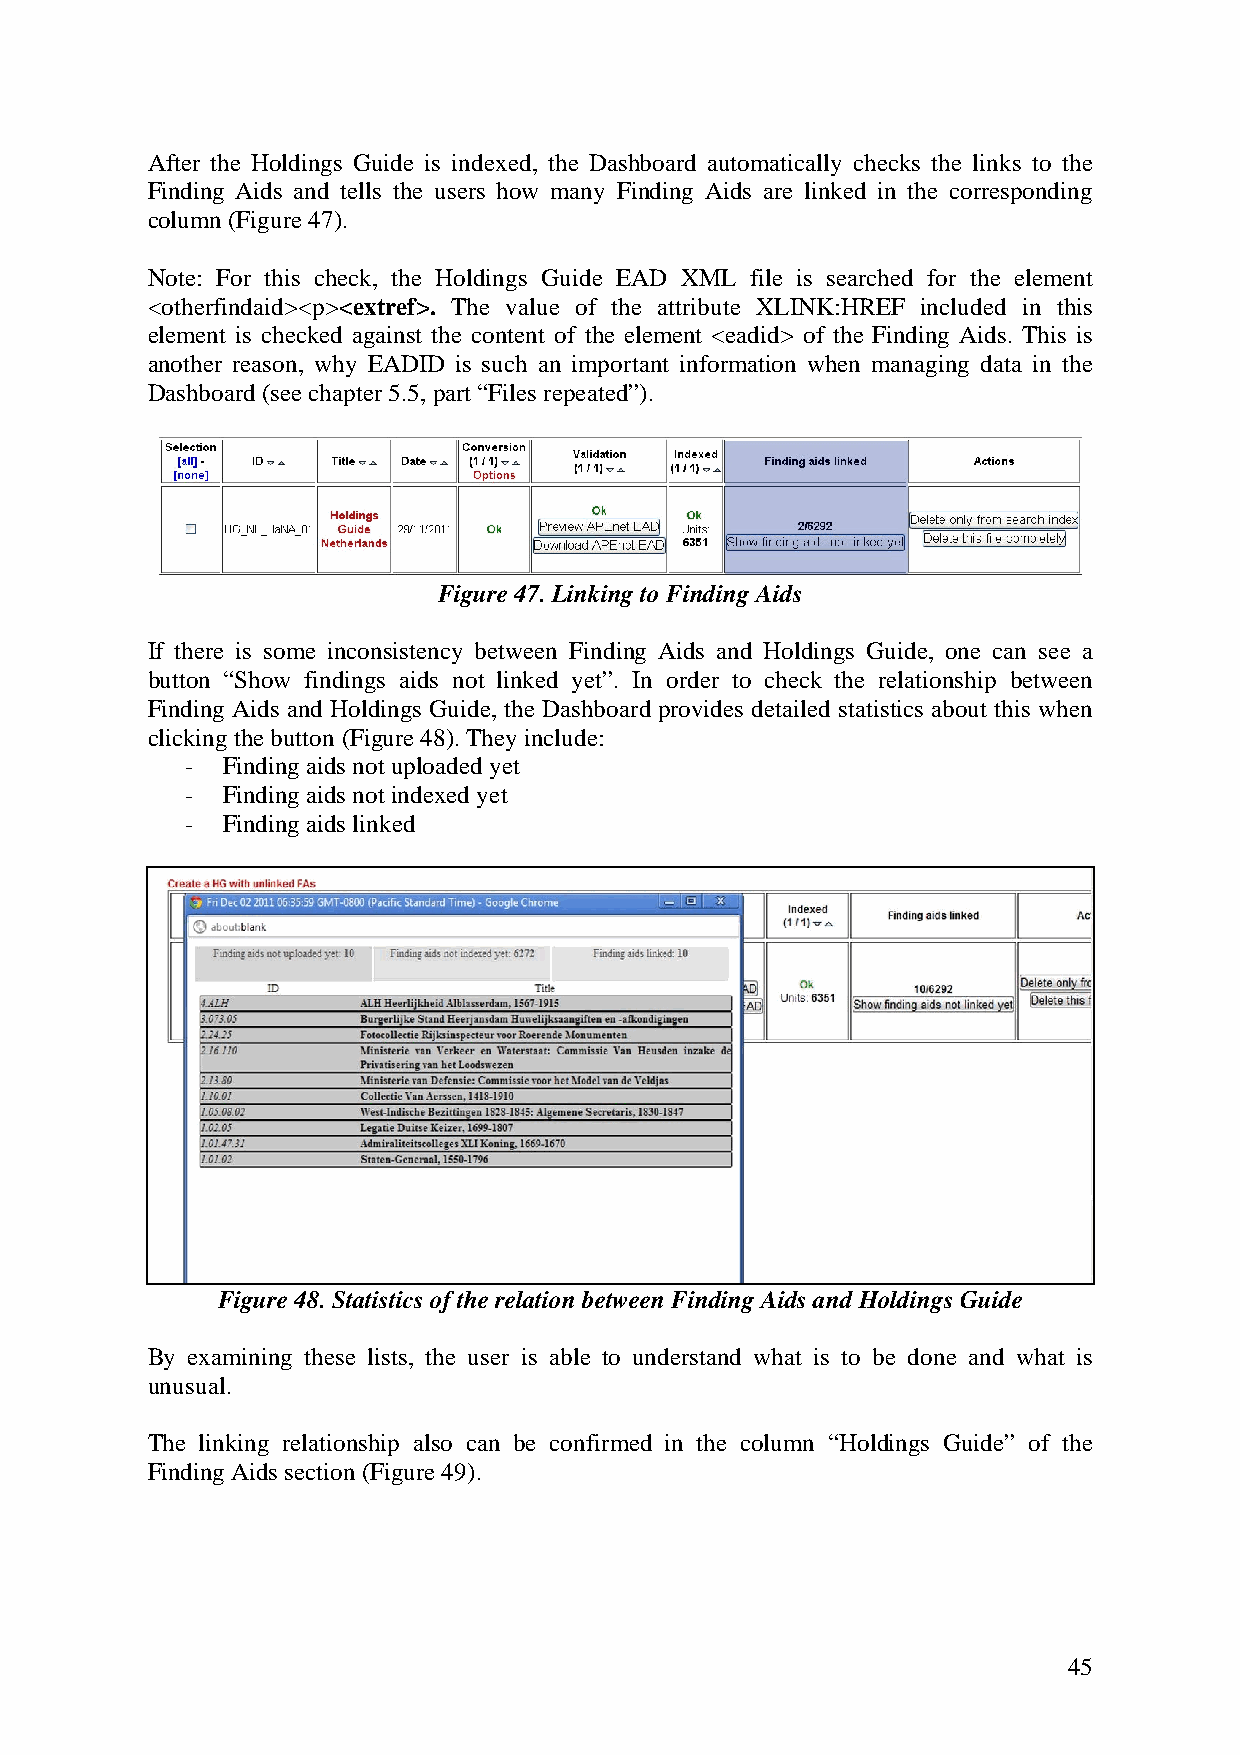
After the Holdings Guide is indexed, the Dashboard automatically checks the links to the
 Finding Aids and tells the users how many Finding Aids are linked in the corresponding
 column (Figure 47).
 Note: For this check, the Holdings Guide EAD XML file is searched for the element
 <otherfindaid><p><extref>. The value of the attribute XLINK:HREF included in this
 element is checked against the content of the element <eadid> of the Finding Aids. This is
 another reason, why EADID is such an important information when managing data in the
 Dashboard (see chapter 5.5, part “Files repeated”).
 Figure 47. Linking to Finding Aids
 If there is some inconsistency between Finding Aids and Holdings Guide, one can see a
 button “Show findings aids not linked yet”. In order to check the relationship between
 Finding Aids and Holdings Guide, the Dashboard provides detailed statistics about this when
 clicking the button (Figure 48). They include:
 -  Finding aids not uploaded yet
 -  Finding aids not indexed yet
 -  Finding aids linked
 Figure 48. Statistics of the relation between Finding Aids and Holdings Guide
 By examining these lists, the user is able to understand what is to be done and what is
 unusual.
 The linking relationship also can be confirmed in the column “Holdings Guide” of the
 Finding Aids section (Figure 49).
 45